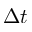
\Delta t